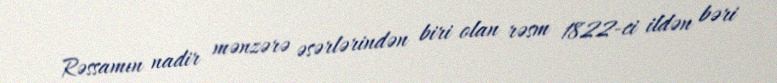
Rəssamın nadir mənzərə əsərlərindən biri olan rəsm 1822-ci ildən bəri